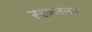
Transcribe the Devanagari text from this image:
रक्तजनन